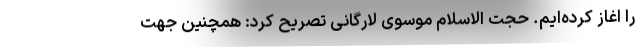
را اغاز کرده‌ایم. حجت الاسلام موسوی لارگانی تصریح کرد: همچنین جهت